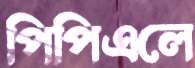
পিপিএলে